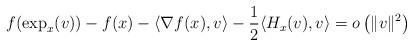
LaTeX: \begin{align*}f(\exp_{x}(v))-f(x)-\langle \nabla f(x), v\rangle -\frac{1}{2}\langle H_x(v),v\rangle=o\left( \|v\|^{2}\right)\end{align*}